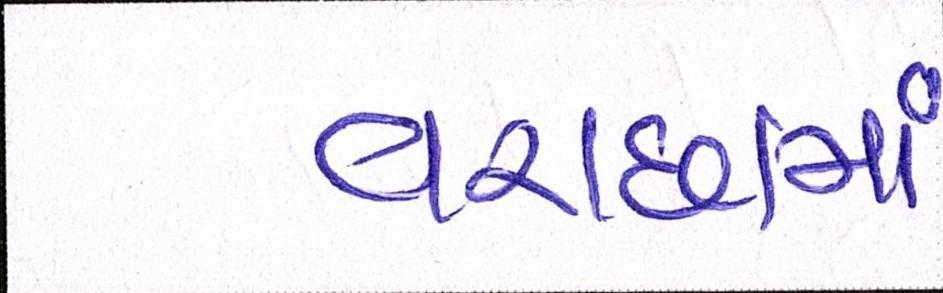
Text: વરાછામાં